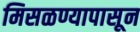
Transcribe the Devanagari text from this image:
मिसळण्यापासून